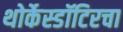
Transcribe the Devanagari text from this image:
थोर्केस्डॉटिरचा